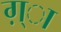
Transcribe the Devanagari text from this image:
ग़्ा